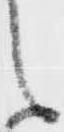
之